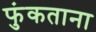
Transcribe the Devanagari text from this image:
फुंकताना